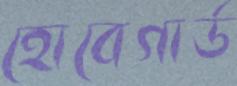
হোবেগার্ড